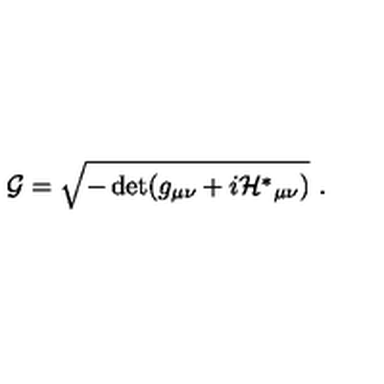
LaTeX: { \cal G } = \sqrt { - \det ( g _ { \mu \nu } + i { \cal H } ^ { * } { } _ { \mu \nu } ) } \ .